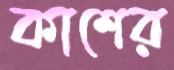
কাশের